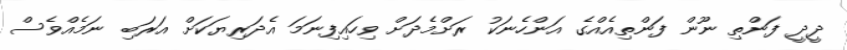
ދީދީ ފަންތި ނޫން ފަންތިއެއްގެ އަންހެނަކު ރަށްމެދަށް ވިހައިފިނަމަ އެދަރިޔަކަށް އަރަބި ނަމެއްވެސް